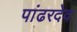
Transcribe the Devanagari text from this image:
पांढरदेव